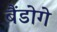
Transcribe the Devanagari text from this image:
बैंडोगे